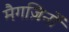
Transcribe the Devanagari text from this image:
मैगज़िनों